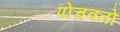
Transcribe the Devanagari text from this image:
पोचवतो